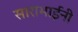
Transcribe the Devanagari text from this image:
साराभाईनी